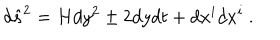
d { \hat { s } } ^ { 2 } = H d y ^ { 2 } \pm 2 d y d t + d x ^ { i } d x ^ { i } \ .